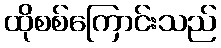
ထိုစစ်ကြောင်းသည်